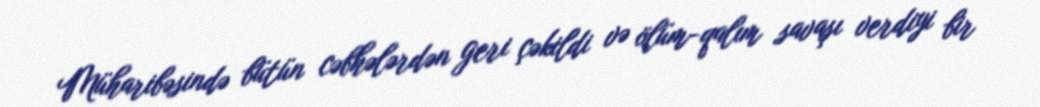
Müharibəsində bütün cəbhələrdən geri çəkildi və ölüm-qalım savaşı verdiyi bir